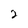
Character: 2